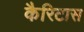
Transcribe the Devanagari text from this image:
कैरिटास